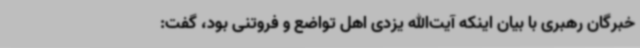
خبرگان رهبری با بیان اینکه آیت‌الله یزدی اهل تواضع و فروتنی بود، گفت: